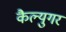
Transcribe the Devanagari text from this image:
कैल्युगर